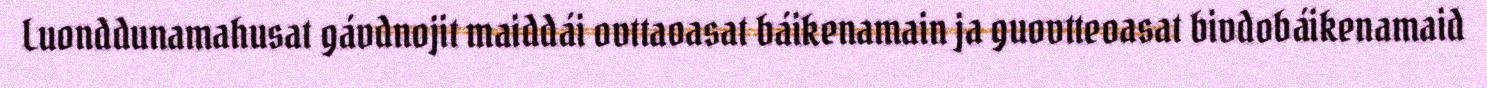
Luonddunamahusat gávdnojit maiddái ovttaoasat báikenamain ja guovtteoasat bivdobáikenamaid